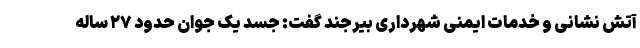
آتش نشانی و خدمات ایمنی شهرداری بیرجند گفت: جسد یک جوان حدود ۲۷ ساله